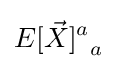
{E[{\vec {X}}]^{a}}_{a}